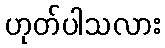
ဟုတ်ပါသလား